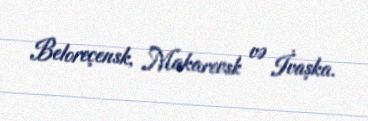
Beloreçensk, Makarevsk və İvaşka.